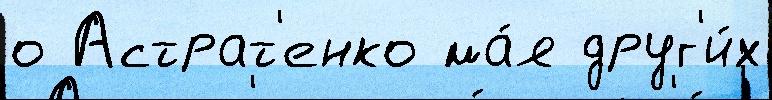
о Астрат'енко ма́я друг'и́х